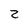
Character: Z